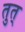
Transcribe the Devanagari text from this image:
तुत्